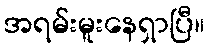
အရမ်းမူးနေရှာပြီ။